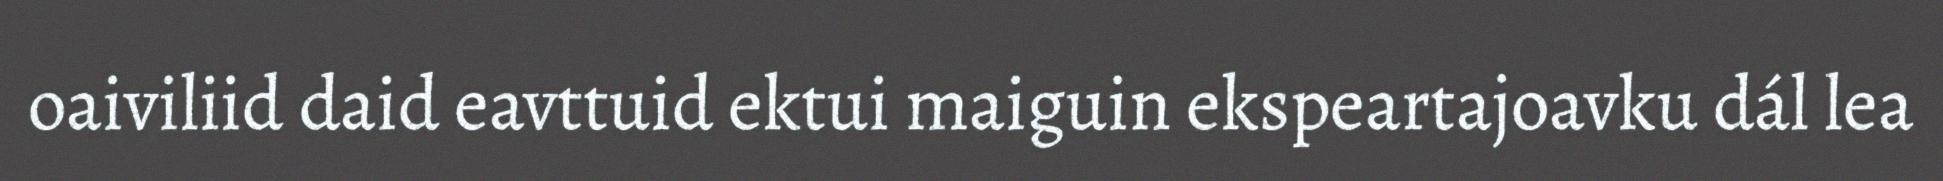
oaiviliid daid eavttuid ektui maiguin ekspeartajoavku dál lea